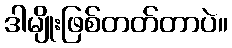
ဒါမျိုးဖြစ်တတ်တာပဲ။